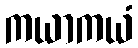
ကယာကယံ